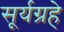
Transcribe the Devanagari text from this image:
सूर्यग्रहे